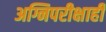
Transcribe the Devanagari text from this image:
अग्निपरीक्षाही